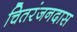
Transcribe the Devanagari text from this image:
चितरंजनदास